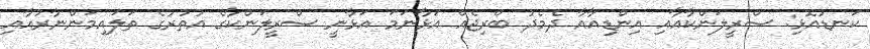
ކަނޑުއޮޅި: ސްރީލަންކާއާއި އިންޑިއާއާ ދެމެދު ބްރިޖެއް އަޅާނަމަ އަޅާނީ ސްރީލަންކާގެ އުތުރުގެ ތަލައިމަންނާރުއާއި